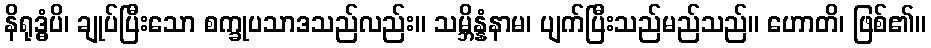
နိရုဒ္ဓံပိ၊ ချုပ်ပြီးသော စက္ခုပသာဒသည်လည်း။ သမ္ဘိန္နံနာမ၊ ပျက်ပြီးသည်မည်သည်။ ဟောတိ၊ ဖြစ်၏။